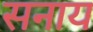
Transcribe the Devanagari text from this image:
सनाय